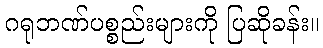
ဂရုဘဏ်ပစ္စည်းများကို ပြဆိုခန်း။